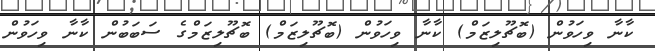
ކާނާ ވިހަވުން (ބޮޗޫލިޒަމް) ކާނާ ވިހަވުން (ބޮޗޫލިޒަމް) ބޮޗޫލިޒަމްގެ ސަބަބުން ކާނާ ވިހަވުން